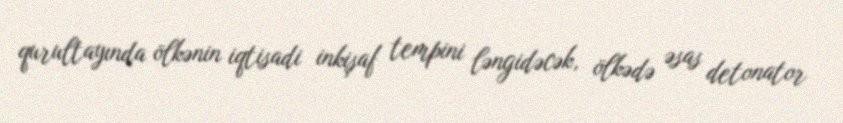
qurultayında ölkənin iqtisadi inkişaf tempini ləngidəcək, ölkədə əsas detonator